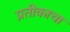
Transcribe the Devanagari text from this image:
प्रतीकाचा